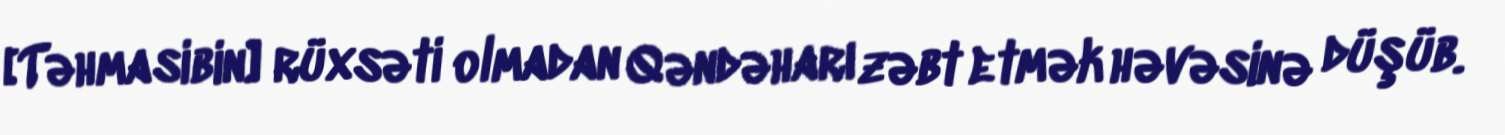
[Təhmasibin] rüxsəti olmadan Qəndəharı zəbt etmək həvəsinə düşüb.